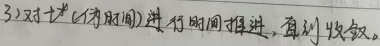
3）对 \(t\)（仿真时间）进行时间推进，直到收敛。